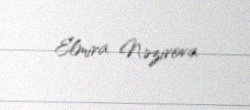
Elmira Nəzirova